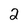
Character: 2